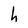
Character: h